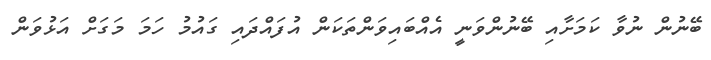
ބޭނުން ނުވާ ކަމަށާއި ބޭނުންވަނީ އެއްބައިވަންތަކަން އުފައްދައި ގައުމު ހަމަ މަގަށް އަޅުވަން